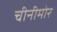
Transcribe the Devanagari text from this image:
चीनीमोर